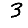
Digit: 3